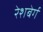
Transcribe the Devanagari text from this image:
रेशबेर्ग